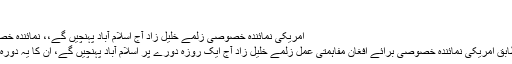
…
امریکی نمائندہ خصوصی زلمے خلیل زاد آج اسلام آباد پہنچیں گے،، نمائندہ خصوصی کا دورہ پاکستان ایک روز کا ہوگا
لاہور (ویب ڈیسک:سفارتی ذرایع کے مطابق امریکی نمائندہ خصوصی برائے افغان مفاہمتی عمل زلمے خلیل زاد آج ایک روزہ دورے پر اسلام آباد پہنچیں گے، ان کا یہ دورہ بین الافغان مذاکرات سے قبل ہو رہا ہے۔